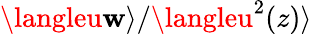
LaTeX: \langleu\mathbf{w}\rangle/\langleu^{2}(z)\rangle